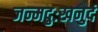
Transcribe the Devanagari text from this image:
जन्मदुःखनुदं